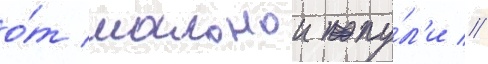
о́т шальнои пу́л'и //